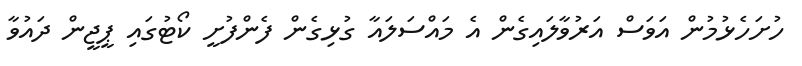
ހުށަހެޅުމުން އަވަސް އަރުވާލައިގެން އެ މައްސަލައާ ގުޅިގެން ފެންފުށީ ކޯޓުގައި ޕީޖީން ދައުވާ